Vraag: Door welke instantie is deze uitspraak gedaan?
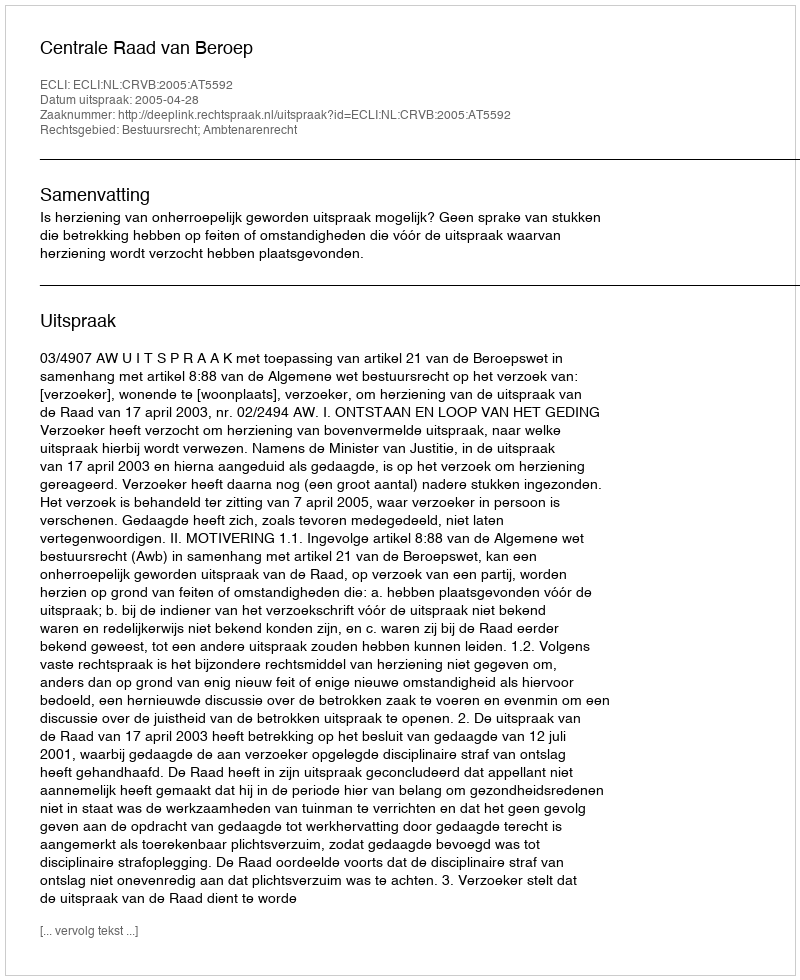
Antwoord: Centrale Raad van Beroep